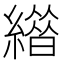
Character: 𦅊